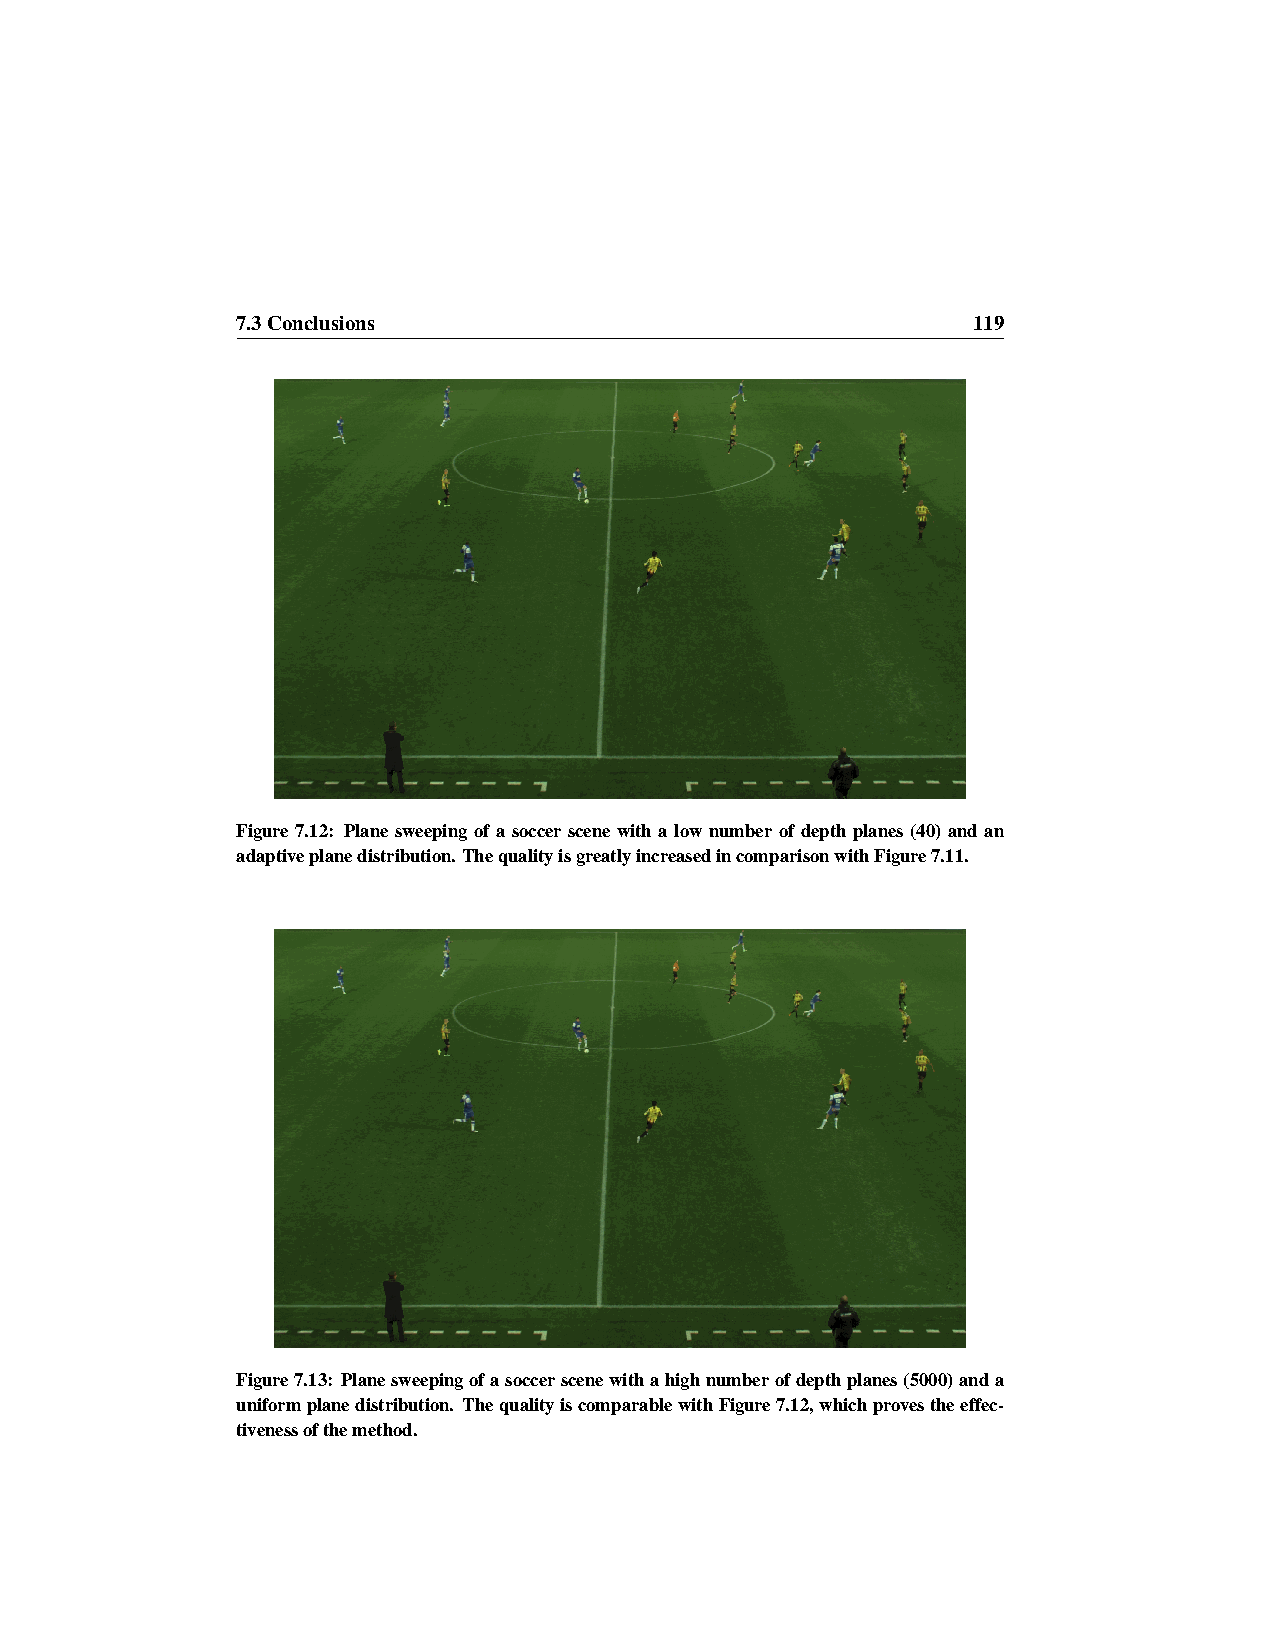
7.3Conclusions                                  119
 Figure 7.12: Plane sweeping of a soccer scene with a low number of depth planes (40) and an
 adaptiveplanedistribution.ThequalityisgreatlyincreasedincomparisonwithFigure7.11.
 Figure7.13: Planesweepingofasoccerscenewithahighnumberofdepthplanes(5000)anda
 uniformplanedistribution. ThequalityiscomparablewithFigure7.12,whichprovestheeffec-
 tivenessofthemethod.